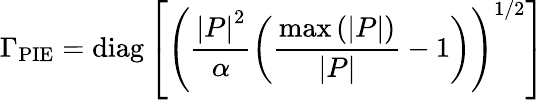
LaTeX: \Gamma_{\textrm{PIE}}=\textrm{diag}\left[\left(\frac{\left|P\right|^{2}}{\alpha}\left(\frac{\operatorname*{max}\left(\left|P\right|\right)}{\left|P\right|}-1\right)\right)^{1/2}\right]